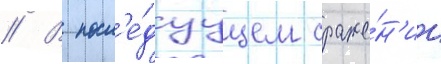
// В посл'е́дуущем сраже́н'ии